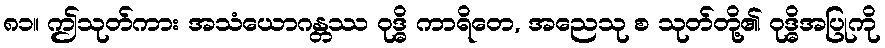
၈၁။ ဤသုတ်ကား အသံယောဂန္တဿ ဝုဒ္ဓိ ကာရိတေ, အညေသု စ သုတ်တို့၏ ဝုဒ္ဓိအပြုကို